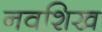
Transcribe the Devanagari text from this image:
नवशिख